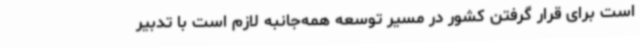
است برای قرار گرفتن کشور در مسیر توسعه همه‌جانبه لازم است با تدبیر